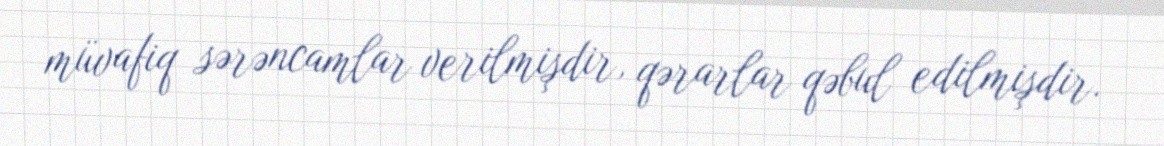
müvafiq sərəncamlar verilmişdir, qərarlar qəbul edilmişdir.